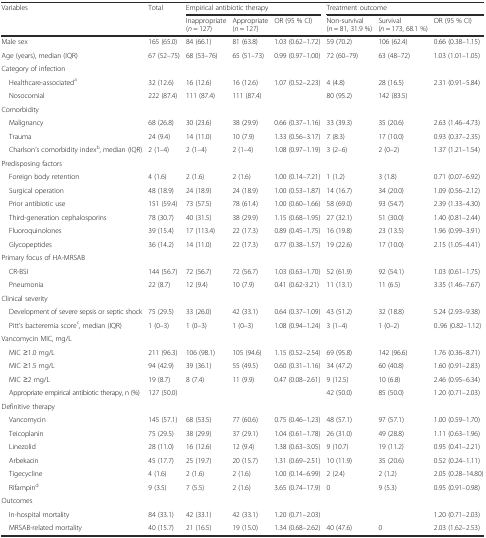
<table><thead><tr><td rowspan="2"><b>Variables</b></td><td rowspan="2"><b>Total</b></td><td colspan="3"><b>Empirical antibiotic therapy</b></td><td colspan="3"><b>Treatment outcome</b></td></tr><tr><td><b>Inappropriate (<i>n</i> = 127)</b></td><td><b>Appropriate (<i>n</i> = 127)</b></td><td><b>OR (95 % CI)</b></td><td><b>Non-survival (<i>n</i> = 81, 31.9 %)</b></td><td><b>Survival (<i>n</i> = 173, 68.1 %)</b></td><td><b>OR (95 % CI)</b></td></tr></thead><tbody><tr><td>Male sex</td><td>165 (65.0)</td><td>84 (66.1)</td><td>81 (63.8)</td><td>1.03 (0.62–1.72)</td><td>59 (70.2)</td><td>106 (62.4)</td><td>0.66 (0.38–1.15)</td></tr><tr><td>Age (years), median (IQR)</td><td>67 (52–75)</td><td>68 (53–76)</td><td>65 (51–73)</td><td>0.99 (0.97–1.00)</td><td>72 (60–79)</td><td>63 (48–72)</td><td>1.03 (1.01–1.05)</td></tr><tr><td>Category of infection</td><td></td><td></td><td></td><td></td><td></td><td></td><td></td></tr><tr><td> Healthcare-associated<sup>a</sup></td><td>32 (12.6)</td><td>16 (12.6)</td><td>16 (12.6)</td><td rowspan="2">1.07 (0.52–2.23)</td><td>4 (4.8)</td><td>28 (16.5)</td><td rowspan="2">2.31 (0.91–5.84)</td></tr><tr><td> Nosocomial</td><td>222 (87.4)</td><td>111 (87.4)</td><td>111 (87.4)</td><td>80 (95.2)</td><td>142 (83.5)</td></tr><tr><td>Comorbidity</td><td></td><td></td><td></td><td></td><td></td><td></td><td></td></tr><tr><td> Malignancy</td><td>68 (26.8)</td><td>30 (23.6)</td><td>38 (29.9)</td><td>0.66 (0.37–1.16)</td><td>33 (39.3)</td><td>35 (20.6)</td><td>2.63 (1.46–4.73)</td></tr><tr><td> Trauma</td><td>24 (9.4)</td><td>14 (11.0)</td><td>10 (7.9)</td><td>1.33 (0.56–3.17)</td><td>7 (8.3)</td><td>17 (10.0)</td><td>0.93 (0.37–2.35)</td></tr><tr><td> Charlson’s comorbidity index<sup>b</sup>, median (IQR)</td><td>2 (1–4)</td><td>2 (1–4)</td><td>2 (1–4)</td><td>1.08 (0.97–1.19)</td><td>3 (2–6)</td><td>2 (0–2)</td><td>1.37 (1.21–1.54)</td></tr><tr><td colspan="5">Predisposing factors</td><td></td><td></td><td></td></tr><tr><td> Foreign body retention</td><td>4 (1.6)</td><td>2 (1.6)</td><td>2 (1.6)</td><td>1.00 (0.14–7.21)</td><td>1 (1.2)</td><td>3 (1.8)</td><td>0.71 (0.07–6.92)</td></tr><tr><td> Surgical operation</td><td>48 (18.9)</td><td>24 (18.9)</td><td>24 (18.9)</td><td>1.00 (0.53–1.87)</td><td>14 (16.7)</td><td>34 (20.0)</td><td>1.09 (0.56–2.12)</td></tr><tr><td> Prior antibiotic use</td><td>151 (59.4)</td><td>73 (57.5)</td><td>78 (61.4)</td><td>1.00 (0.60–1.66)</td><td>58 (69.0)</td><td>93 (54.7)</td><td>2.39 (1.33–4.30)</td></tr><tr><td> Third-generation cephalosporins</td><td>78 (30.7)</td><td>40 (31.5)</td><td>38 (29.9)</td><td>1.15 (0.68–1.95)</td><td>27 (32.1)</td><td>51 (30.0)</td><td>1.40 (0.81–2.44)</td></tr><tr><td> Fluoroquinolones</td><td>39 (15.4)</td><td>17 (113.4)</td><td>22 (17.3)</td><td>0.89 (0.45–1.75)</td><td>16 (19.8)</td><td>23 (13.5)</td><td>1.96 (0.99–3.91)</td></tr><tr><td> Glycopeptides</td><td>36 (14.2)</td><td>14 (11.0)</td><td>22 (17.3)</td><td>0.77 (0.38–1.57)</td><td>19 (22.6)</td><td>17 (10.0)</td><td>2.15 (1.05–4.41)</td></tr><tr><td colspan="2">Primary focus of HA-MRSAB</td><td></td><td></td><td></td><td></td><td></td><td></td></tr><tr><td> CR-BSI</td><td>144 (56.7)</td><td>72 (56.7)</td><td>72 (56.7)</td><td>1.03 (0.63–1.70)</td><td>52 (61.9)</td><td>92 (54.1)</td><td>1.03 (0.61–1.75)</td></tr><tr><td> Pneumonia</td><td>22 (8.7)</td><td>12 (9.4)</td><td>10 (7.9)</td><td>0.41 (0.62-3.21)</td><td>11 (13.1)</td><td>11 (6.5)</td><td>3.35 (1.46–7.67)</td></tr><tr><td>Clinical severity</td><td></td><td></td><td></td><td></td><td></td><td></td><td></td></tr><tr><td> Development of severe sepsis or septic shock</td><td>75 (29.5)</td><td>33 (26.0)</td><td>42 (33.1)</td><td>0.64 (0.37–1.09)</td><td>43 (51.2)</td><td>32 (18.8)</td><td>5.24 (2.93–9.38)</td></tr><tr><td> Pitt’s bacteremia score<sup>c</sup>, median (IQR)</td><td>1 (0–3)</td><td>1 (0–3)</td><td>1 (0–3)</td><td>1.08 (0.94–1.24)</td><td>3 (1–4)</td><td>1 (0–2)</td><td>0..96 (0.82–1.12)</td></tr><tr><td colspan="3">Vancomycin MIC, mg/L</td><td></td><td></td><td></td><td></td><td></td></tr><tr><td> MIC ≥1.0 mg/L</td><td>211 (96.3)</td><td>106 (98.1)</td><td>105 (94.6)</td><td>1.15 (0.52–2.54)</td><td>69 (95.8)</td><td>142 (96.6)</td><td>1.76 (0.36–8.71)</td></tr><tr><td> MIC ≥1.5 mg/L</td><td>94 (42.9)</td><td>39 (36.1)</td><td>55 (49.5)</td><td>0.60 (0.31–1.16)</td><td>34 (47.2)</td><td>60 (40.8)</td><td>1.60 (0.91–2.83)</td></tr><tr><td> MIC ≥2 mg/L</td><td>19 (8.7)</td><td>8 (7.4)</td><td>11 (9.9)</td><td>0.47 (0.08–2.61)</td><td>9 (12.5)</td><td>10 (6.8)</td><td>2.46 (0.95–6.34)</td></tr><tr><td> Appropriate empirical antibiotic therapy, n (%)</td><td>127 (50.0)</td><td></td><td></td><td></td><td>42 (50.0)</td><td>85 (50.0)</td><td>1.20 (0.71–2.03)</td></tr><tr><td>Definitive therapy</td><td></td><td></td><td></td><td></td><td></td><td></td><td></td></tr><tr><td> Vancomycin</td><td>145 (57.1)</td><td>68 (53.5)</td><td>77 (60.6)</td><td>0.75 (0.46–1.23)</td><td>48 (57.1)</td><td>97 (57.1)</td><td>1.00 (0.59–1.70)</td></tr><tr><td> Teicoplanin</td><td>75 (29.5)</td><td>38 (29.9)</td><td>37 (29.1)</td><td>1.04 (0.61–1.78)</td><td>26 (31.0)</td><td>49 (28.8)</td><td>1.11 (0.63–1.96)</td></tr><tr><td> Linezolid</td><td>28 (11.0)</td><td>16 (12.6)</td><td>12 (9.4)</td><td>1.38 (0.63–3.05)</td><td>9 (10.7)</td><td>19 (11.2)</td><td>0.95 (0.41–2.21)</td></tr><tr><td> Arbekacin</td><td>45 (17.7)</td><td>25 (19.7)</td><td>20 (15.7)</td><td>1.31 (0.69–2.51)</td><td>10 (11.9)</td><td>35 (20.6)</td><td>0.52 (0.24–1.11)</td></tr><tr><td> Tigecycline</td><td>4 (1.6)</td><td>2 (1.6)</td><td>2 (1.6)</td><td>1.00 (0.14–6.99)</td><td>2 (2.4)</td><td>2 (1.2)</td><td>2.05 (0.28–14.80)</td></tr><tr><td> Rifampin<sup>d</sup></td><td>9 (3.5)</td><td>7 (5.5)</td><td>2 (1.6)</td><td>3.65 (0.74–17.9)</td><td>0</td><td>9 (5.3)</td><td>0.95 (0.91–0.98)</td></tr><tr><td>Outcomes</td><td></td><td></td><td></td><td></td><td></td><td></td><td></td></tr><tr><td> In-hospital mortality</td><td>84 (33.1)</td><td>42 (33.1)</td><td>42 (33.1)</td><td>1.20 (0.71–2.03)</td><td></td><td></td><td>1.20 (0.71–2.03)</td></tr><tr><td> MRSAB-related mortality</td><td>40 (15.7)</td><td>21 (16.5)</td><td>19 (15.0)</td><td>1.34 (0.68–2.62)</td><td>40 (47.6)</td><td>0</td><td>2.03 (1.62–2.53)</td></tr></tbody></table>